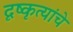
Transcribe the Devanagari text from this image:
दृष्कृत्यांचे